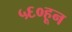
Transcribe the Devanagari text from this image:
५६०हून